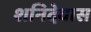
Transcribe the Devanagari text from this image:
शनिदेवास